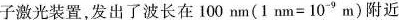
子激光装置，发出了波长在100nm(1nm=10^{-9}m)附近